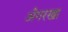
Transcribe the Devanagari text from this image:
अँगरखा